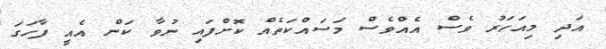
އަދި މިއަހަރު ވެސް އެއްވެސް މަސައްކަތެއް ކޮށްފައި ނުވާ ކަން އެއީ ފާހަގަ